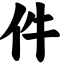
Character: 件